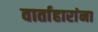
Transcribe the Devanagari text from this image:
वार्ताहारांना